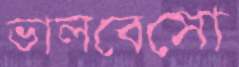
ভালবেসো